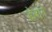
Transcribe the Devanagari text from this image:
डेलागे